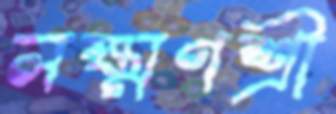
লক্ষ্মণশ্রী